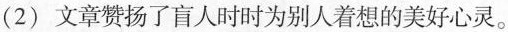
(2)文章赞扬了盲人时时为别人着想的美好心灵。